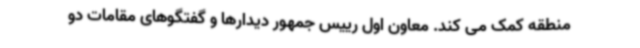
منطقه کمک می کند. معاون اول رییس جمهور دیدارها و گفتگوهای مقامات دو